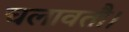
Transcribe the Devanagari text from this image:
चलावतौ।